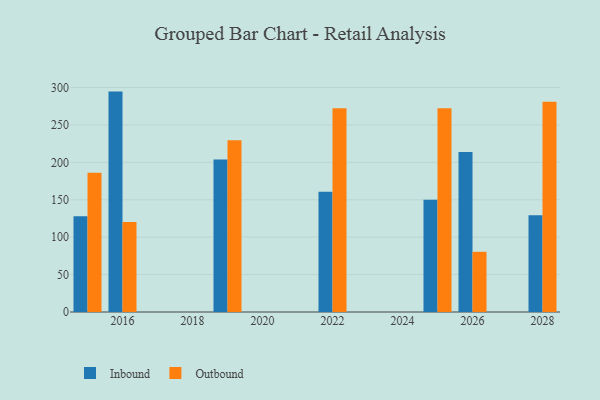
{"axis": {"x": "Year", "y": "Budget (USD K)"}, "legend": ["Inbound", "Outbound"], "data": [{"x": "2028", "y": 129.4, "type": "Inbound"}, {"x": "2028", "y": 281.0, "type": "Outbound"}, {"x": "2022", "y": 160.7, "type": "Inbound"}, {"x": "2022", "y": 272.4, "type": "Outbound"}, {"x": "2026", "y": 214.0, "type": "Inbound"}, {"x": "2026", "y": 80.5, "type": "Outbound"}, {"x": "2019", "y": 204.0, "type": "Inbound"}, {"x": "2019", "y": 229.7, "type": "Outbound"}, {"x": "2025", "y": 150.2, "type": "Inbound"}, {"x": "2025", "y": 272.4, "type": "Outbound"}, {"x": "2016", "y": 294.6, "type": "Inbound"}, {"x": "2016", "y": 120.3, "type": "Outbound"}, {"x": "2015", "y": 128.0, "type": "Inbound"}, {"x": "2015", "y": 186.2, "type": "Outbound"}]}